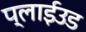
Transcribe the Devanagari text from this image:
प्लाईउड